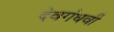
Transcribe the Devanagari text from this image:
देवगंधर्वी